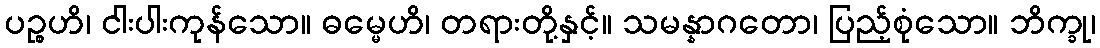
ပဉ္စဟိ၊ ငါးပါးကုန်သော။ ဓမ္မေဟိ၊ တရားတို့နှင့်။ သမန္နာဂတော၊ ပြည့်စုံသော။ ဘိက္ခု၊